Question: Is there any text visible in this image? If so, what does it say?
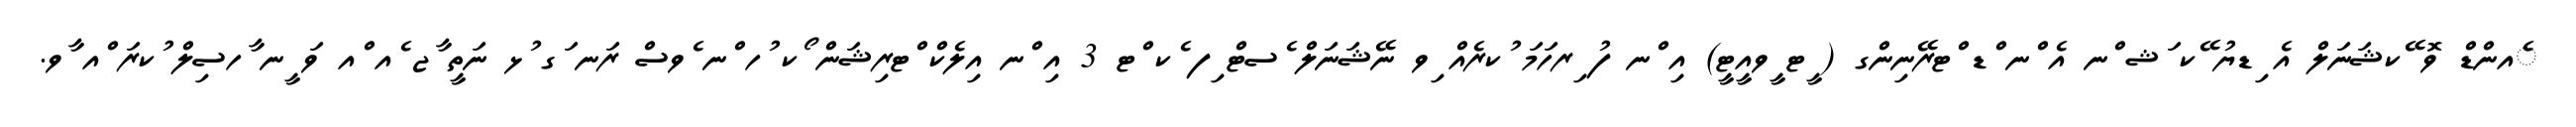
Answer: ެއންޑް ވޮ ޭކޝަނަލް އެ ިޑޔު ޭކ ަޝ ްނ އެ ްނ ްޑ ްޓރޭނިންގ ( ީޓ ީވއީޓީ) އި ްނ ފު ިރހަމަ ުކރެއް ިވ ނޭޝަނަލް ެސޓް ިފ ެކ ްޓ 3 އި ްނ އިލެކް ްޓރިޝަން ޯކ ުހ ްނ ެވސް ރަނ ަގ ުޅ ނަތީ ާޖ ެއ ްއ ވަ ީނ ާހސިލް ުކރަ ްއ ާވ.